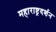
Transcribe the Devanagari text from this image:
महाराष्ट्रदर्शन